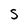
Character: s